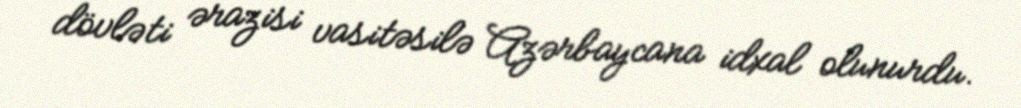
dövləti ərazisi vasitəsilə Azərbaycana idxal olunurdu.